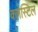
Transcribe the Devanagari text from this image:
क्लेस्टिल